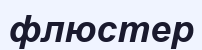
флюстер